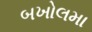
બખોલમા